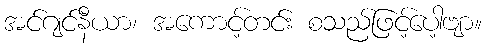
အင်ဂျင်နီယာ၊ အကောင့်တင်း စသည်ဖြင့်ပေါ့ဗျာ။